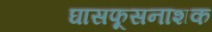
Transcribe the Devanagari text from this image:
घासफूसनाशक